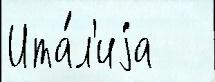
Ита́л'иjа